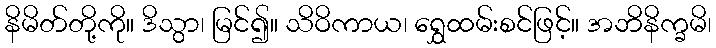
နိမိတ်တို့ကို။ ဒိသွာ၊ မြင်၍။ သိဝိကာယ၊ ရွှေထမ်းစင်ဖြင့်။ အဘိနိက္ခမိ၊